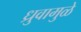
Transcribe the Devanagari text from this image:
ध्रुवामुळे